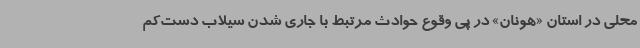
محلی در استان «هونان» در پی وقوع حوادث مرتبط با جاری شدن سیلاب دست‌کم